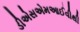
ડીએસએમઆઈવીથી